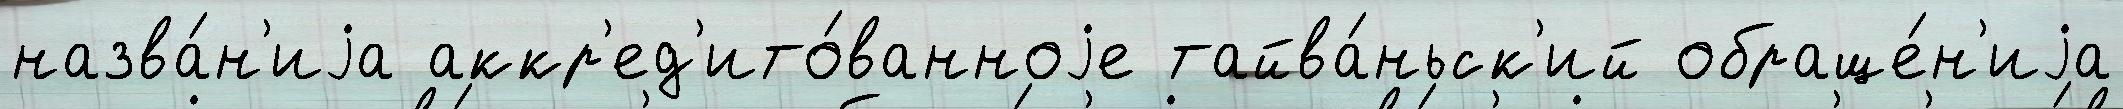
назва́н'иjа аккр'ед'ито́ванноjе тайва́ньск'ий обраще́н'иjа